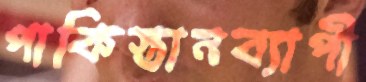
পাকিস্তানব্যাপী